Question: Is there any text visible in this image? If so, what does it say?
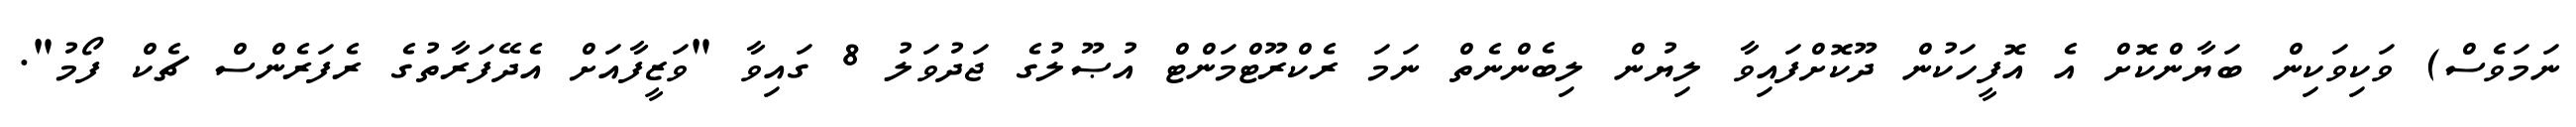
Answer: ނަމަވެސް) ވަކިވަކިން ބަޔާންކޮށް އެ އޮފީހަކުން ދޫކޮށްފައިވާ ލިޔުން ލިބެންނެތް ނަމަ ރެކްރޫޓްމަންޓް އުޞޫލުގެ ޖަދުވަލު 8 ގައިވާ "ވަޒީފާއަށް އެދޭފަރާތުގެ ރެފަރެންސް ޗެކް ފޯމު".